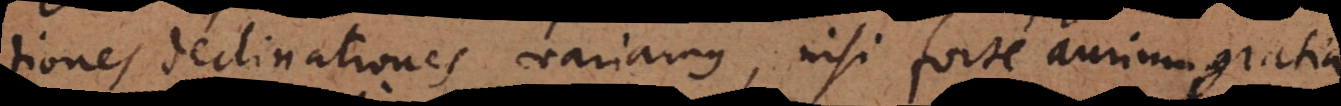
tiones, declinationes variamus, nisi forte aurium gratia